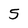
Character: 5